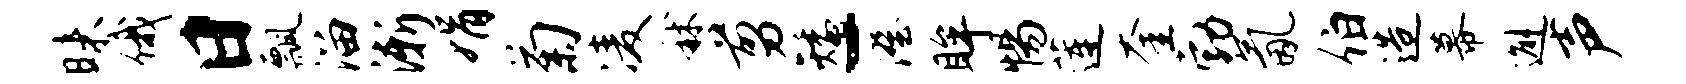
昧俄日瓢溜渐娟菊凌秫剪矮-澄眸惕莲奎勃氤伯造幕邂声